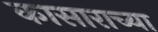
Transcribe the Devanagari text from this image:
कासाराच्या